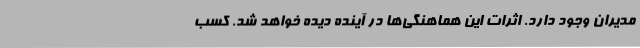
مدیران وجود دارد. اثرات این هماهنگی‌ها در آینده دیده خواهد شد. کسب